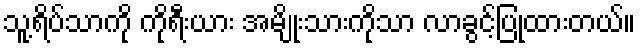
သူ့ရိပ်သာကို ကိုရီးယား အမျိုးသားကိုသာ လာခွင့်ပြုထားတယ်။